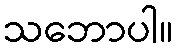
သဘောပါ။